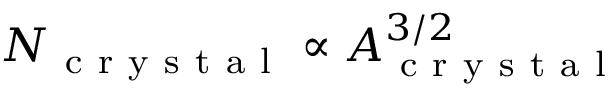
N _ { \mathrm { ~ c ~ r ~ y ~ s ~ t ~ a ~ l ~ } } \propto A _ { \mathrm { ~ c ~ r ~ y ~ s ~ t ~ a ~ l ~ } } ^ { 3 / 2 }